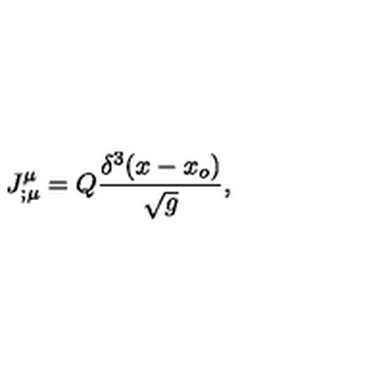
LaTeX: J _ { ; \mu } ^ { \mu } = Q { \frac { \delta ^ { 3 } ( x - x _ { o } ) } { \sqrt g } } ,